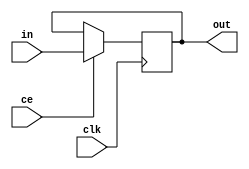
`timescale 1ns / 1ps
//////////////////////////////////////////////////////////////////////////////////
// Company: 
// Engineer: 
// 
// Design Name: 
// Module Name:    delay 
// Project Name: 
// Target Devices: 
// Tool versions: 
// Description: 
//
// Dependencies: 
//
// Revision: 
// Revision 0.01 - File Created
// Additional Comments: 
//
//////////////////////////////////////////////////////////////////////////////////
module delay(clk, ce, in, out);
	parameter N = 1;
	
	input clk;
	input ce;
	input [N-1:0]in;
	output [N-1:0]out;
	
	reg [N-1:0]val;
	
	always @(posedge clk)
	begin
		if(ce) val <= in;
		else val <= val;
	end
	
	assign out = val;
	
endmodule